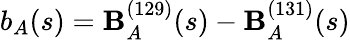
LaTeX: b_{A}(s)=\mathbf{B}_{A}^{(129)}(s)-\mathbf{B}_{A}^{(131)}(s)